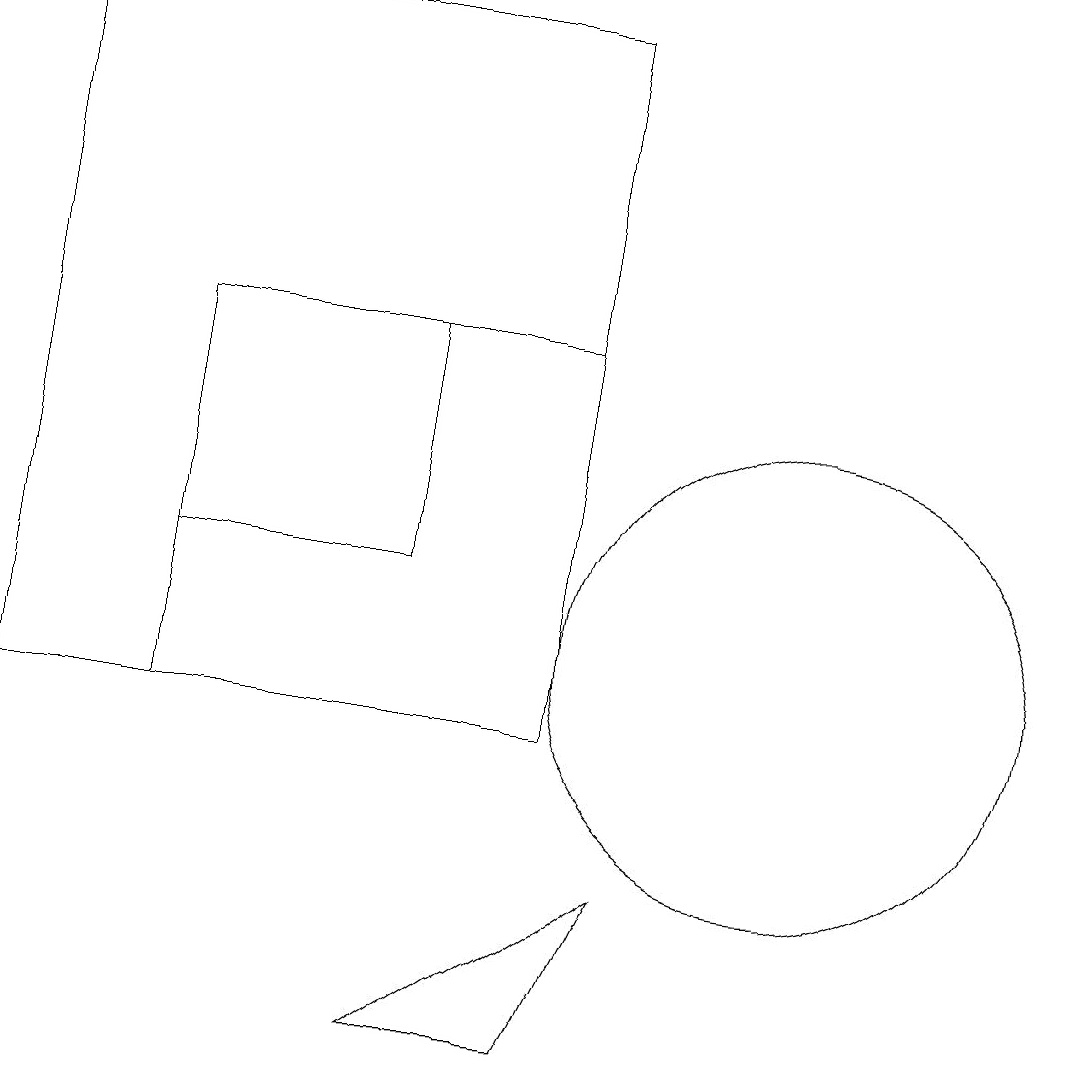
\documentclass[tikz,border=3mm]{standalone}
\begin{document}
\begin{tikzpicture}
\draw (10,11) circle (3);
\draw (5,6) -- (8,8) -- (7,6) -- cycle;
\draw (2,15) rectangle (7,10);
\draw (0,10) rectangle (7,19);
\draw (5,12) rectangle (2,15);
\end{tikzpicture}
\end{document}